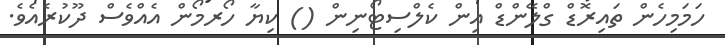
ހަމަމިހެން ތައިރޮޑް ގްލޭންޑް އިން ކެލްސިޓޯނިން () ކިޔާ ހޯރމޯން އެއްވެސް ދޫކުރެއެވެ.